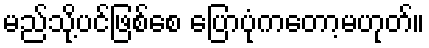
မည်သို့ပင်ဖြစ်စေ ပြောပုံကတော့မဟုတ်။